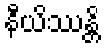
နီယိဿန္တိ